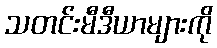
သတင်းမီဒီယာများကို